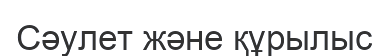
Сәулет және құрылыс